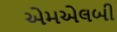
એમએલબી